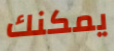
يمكنك